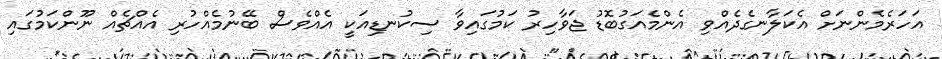
އަހަރެމެންނަށް އެކަލާނގެދެއްވި އެންމެއަގުބޮޑު ޖަވާހިރު ކަމުގައިވާ ސިކުނޑިއަކީ އެއްވެސް ބޭނުމެއްހުރި އެއްޗެއް ނޫންކަމުގައި